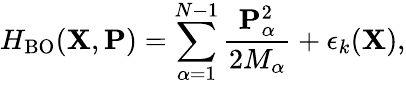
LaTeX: H_{\mathrm{BO}}({\mathbf{X}},{\mathbf{P}})=\sum_{\alpha=1}^{N-1}\frac{{\mathbf{P}}_{\alpha}^{2}}{2M_{\alpha}}+\epsilon_{k}({\mathbf{X}}),